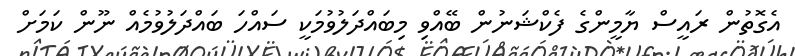
އެގޮތުން ރައީސް ޔާމީންގެ ފެކްޝަނުން ބޭއްވި މިބައްދަލުވުމަކީ ސައްހަ ބައްދަލުވުމެއް ނޫން ކަމަށް